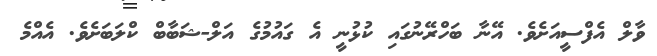
ވާލް އެފްސީއަށެވެ. އޭނާ ބަހްރޭނުގައި ކުޅުނީ އެ ގައުމުގެ އަލް-ޝަބާބް ކްލަބަށެވެ. އެއްމެ